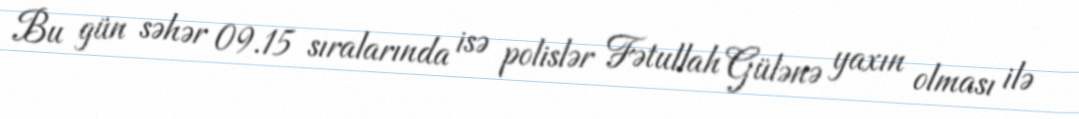
Bu gün səhər 09.15 sıralarında isə polislər Fətullah Gülənə yaxın olması ilə